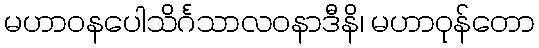
မဟာဝနပေါသိင်္ဂသာလဝနာဒီနိ၊ မဟာဝုန်တော